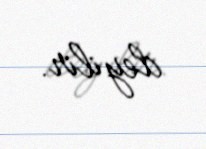
deyilir.